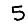
Digit: 5